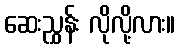
ဆေးညွှန်း လိုလို့လား။